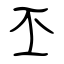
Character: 丕